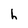
Character: h